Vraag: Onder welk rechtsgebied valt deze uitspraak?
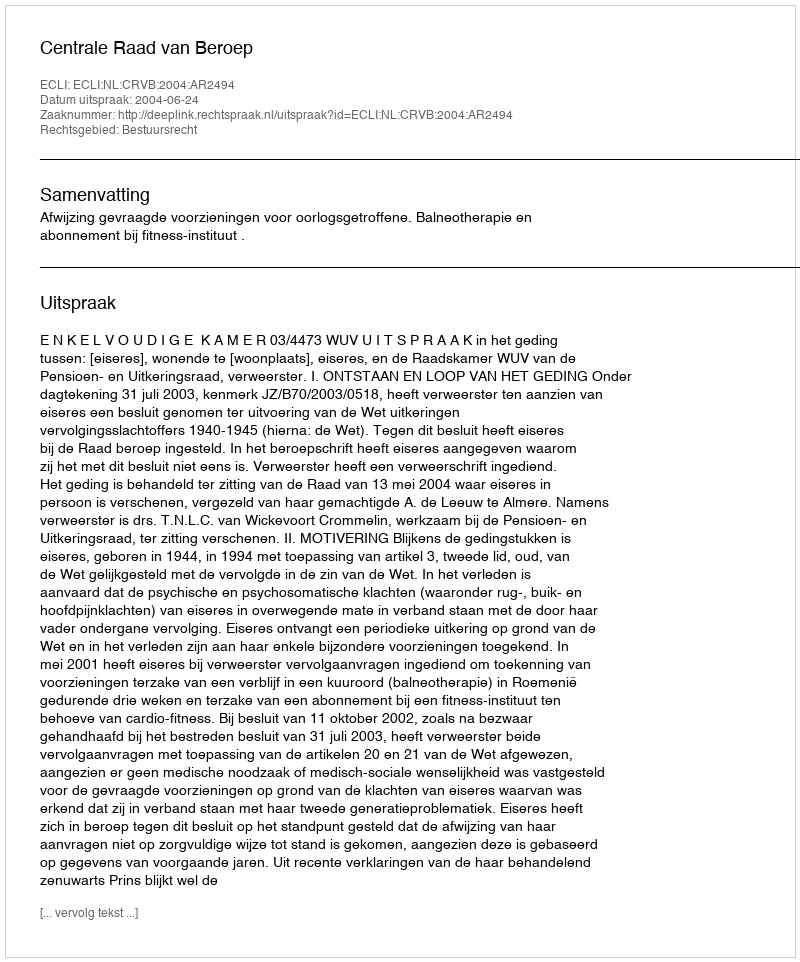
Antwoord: Bestuursrecht